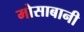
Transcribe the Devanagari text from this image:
मोसाबानी